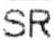
SR